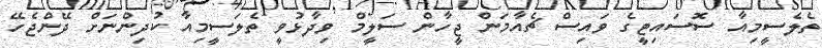
ތެލެސީމިއާ ސޮސައިޓީގެ ވައިސް ޗެއާމަން ޖީހާން ސަލީމް ވިދާޅުވީ ތެލަސީމިއާ ކުދިންނަށް ދޭންޖެހޭ